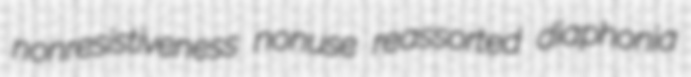
nonresistiveness nonuse reassorted diaphonia